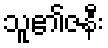
သူ၏ဇနီး